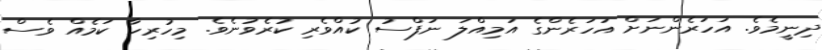
ދިނީމެވެ. އަހަރެންނަށް އަހަރެންގެ އަމިއްލަ ނަފްސު ކުއްވެރި ކުރެވުނެވެ. މިހުރިހާ ކަމެއް ވެސް